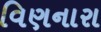
વિણનારા